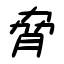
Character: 脅